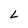
Character: L